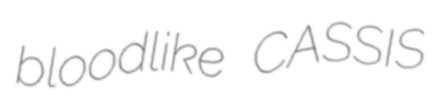
bloodlike CASSIS